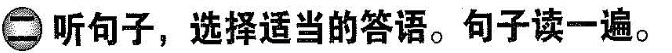
二 听句子,选择适当的答语.句子读一遍